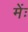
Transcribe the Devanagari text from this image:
मेंः